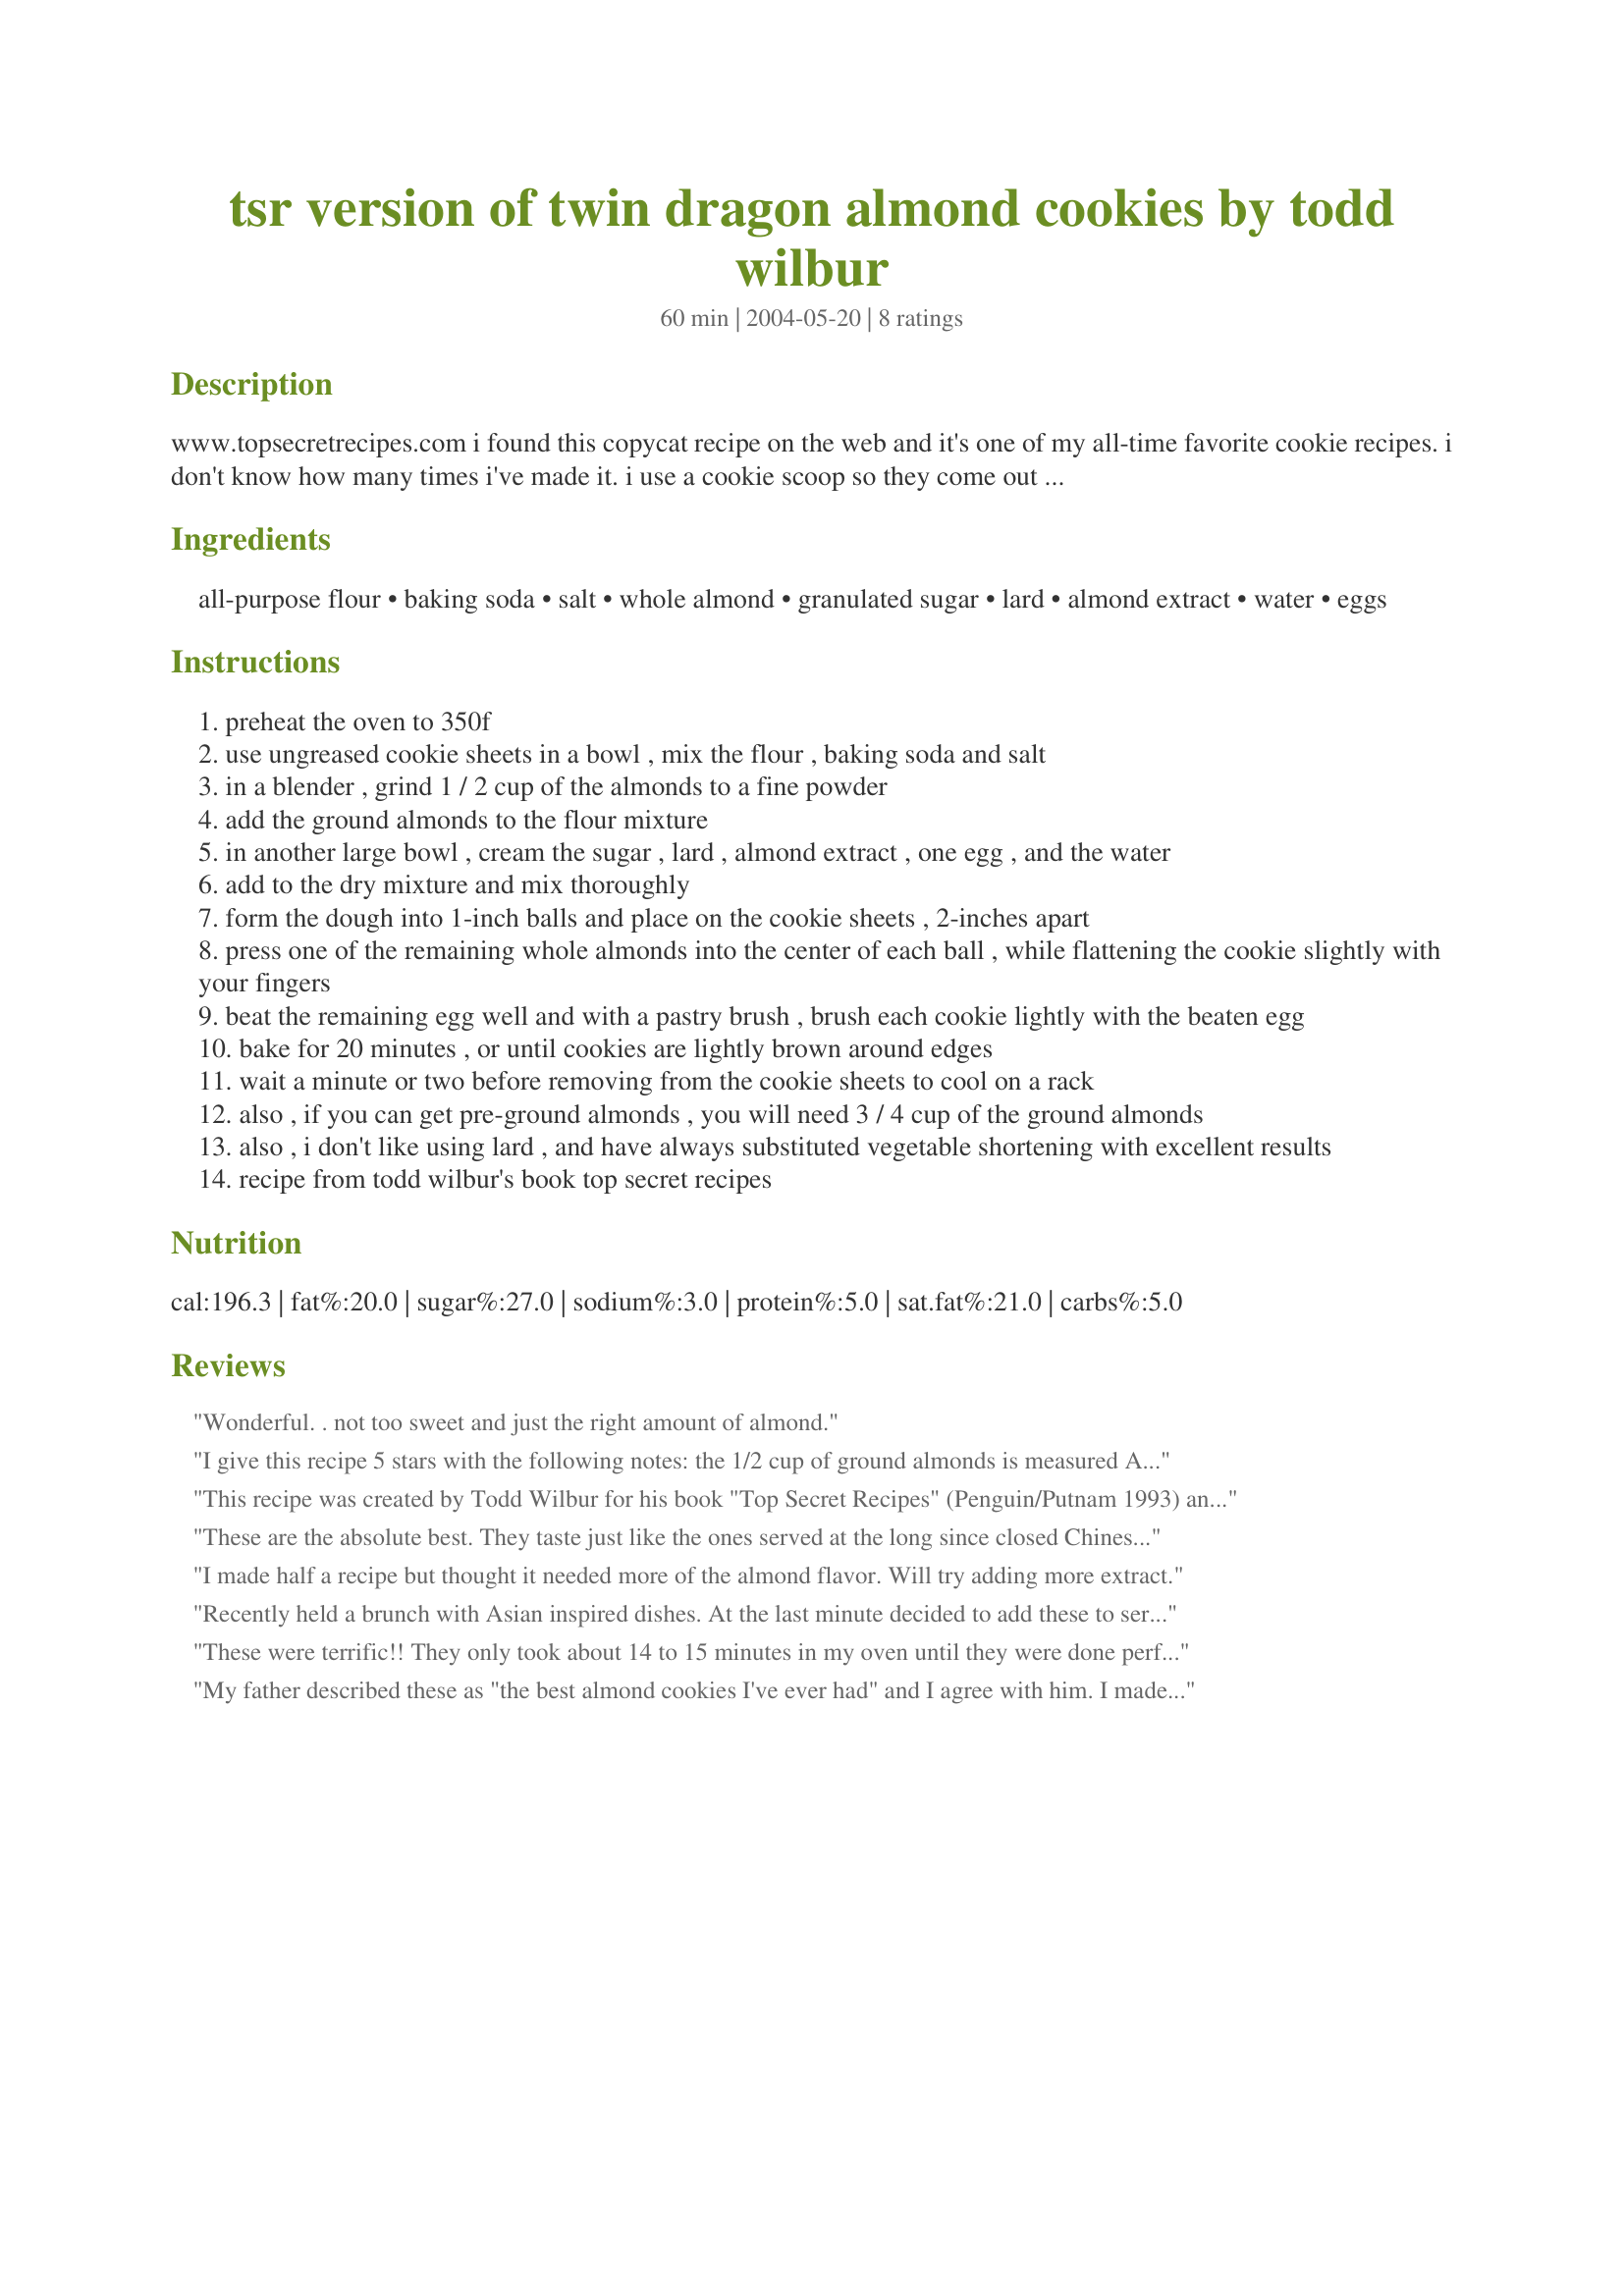
tsr version of twin dragon almond cookies by todd wilbur
Preparation time: 60 minutes

www.topsecretrecipes.com i found this copycat recipe on the web and it's one of my all-time favorite cookie recipes. i don't know how many times i've made it. i use a cookie scoop so they come out nice and even, and they just look so nice on a platter. and they taste even better! i like the fact that unlike most almond cookie recipes i've found, this one contains ground almonds in the dough. depending on the size of the cookies, this recipe makes from 24-40 cookies. i usually make them into 3/4" inch balls instead of 1-inch, which result in about 40 cookies. i've written 30 cookies in the yield as an average.

Ingredients:
all-purpose flour, baking soda, salt, whole almond, granulated sugar, lard, almond extract, water, eggs

Steps:
preheat the oven to 350f
use ungreased cookie sheets in a bowl , mix the flour , baking soda and salt
in a blender , grind 1 / 2 cup of the almonds to a fine powder
add the ground almonds to the flour mixture
in another large bowl , cream the sugar , lard , almond extract , one egg , and the water
add to the dry mixture and mix thoroughly
form the dough into 1-inch balls and place on the cookie sheets , 2-inches apart
press one of the remaining whole almonds into the center of each ball , while flattening the cookie slightly with your fingers
beat the remaining egg well and with a pastry brush , brush each cookie lightly with the beaten egg
bake for 20 minutes , or until cookies are lightly brown around edges
wait a minute or two before removing from the cookie sheets to cool on a rack
also , if you can get pre-ground almonds , you will need 3 / 4 cup of the ground almonds
also , i don't like using lard , and have always substituted vegetable shortening with excellent results
recipe from todd wilbur's book top secret recipes

Reviews:
Wonderful. . not too sweet and just the right amount of almond.
I give this recipe 5 stars with the following notes: the 1/2 cup of ground almonds is measured AFTER grinding. The water is not added to the dough, but to the second egg to make the wash. Bake for 20 minutes at 325 degrees, or for 13 minutes at 350 -- the key as noted is to take them out when they are just beginning to brown. Also, I used a mix of half shortening/half butter, and I prefer these particular cookies on the small side. Purely for greed's sake, I put TWO almonds on top of the cookies. Enjoy!
This recipe was created by Todd Wilbur for his book "Top Secret Recipes" (Penguin/Putnam 1993) and www.TopSecretRecipes.com
These are the absolute best. They taste just like the ones served at the long since closed Chinese resturant I used to go to as a child. I kept part of the lard and replaced part with veg shortning. I quit topping them with almonds since I have some friends with teeth issues. 
More trouble but try this sometime. Instead of balls shape into finger sized rolls. Flatten slightly. When baked sandwich 2 together with melted chocolate.

I made half a recipe but thought it needed more of the almond flavor. Will try adding more extract.
Recently held a brunch with Asian inspired dishes. At the last minute decided to add these to serve with lemon sorbet -- what a treat. They were supremely easy to assemble just about foolproof and the taste was wonderful. My half batch yielded 2 dozen cookies. I used shortening, not lard.
These were terrific!! They only took about 14 to 15 minutes in my oven until they were done perfectly. Next time I think I would try adding just a little more of the ground almonds -- I think the 1/2 cup of almonds ground to a fine powder must be a final measurement after grinding, so next time I'll make sure there is a little more of the ground almonds in the mix. We thoroughly enjoyed these. Thanks so much for posting this delicious recipe!!
Dianne
My father described these as "the best almond cookies I've ever had" and I agree with him. I made way more than 40...mine made around 60. I like them smaller, because they're crispier. The first time I followed the recipe exactly, and they were really good. The second time I used 3/4 cup chopped, and halved the almonds for the top and they were even better! Yummy
